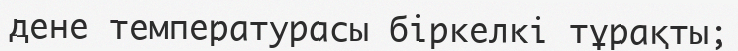
дене температурасы біркелкі тұрақты;